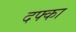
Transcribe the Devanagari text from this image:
दफ्का